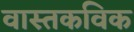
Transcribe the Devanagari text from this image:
वास्तकविक